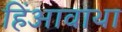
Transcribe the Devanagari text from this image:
हिंआवाथा